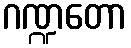
ဂဏ္ဍတော